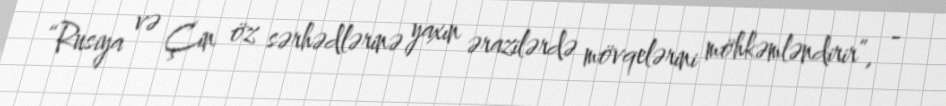
“Rusiya və Çin öz sərhədlərinə yaxın ərazilərdə mövqelərini möhkəmləndirir”, -